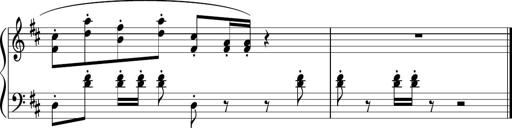
Title: Sonataette
Composer: Gergely Laszlo Matyas Jambor